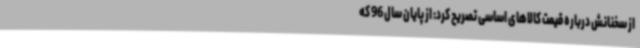
از سخنانش درباره قیمت کالاهای اساسی تصریح کرد: از پایان سال 96 که